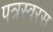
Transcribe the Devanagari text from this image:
पत्रस्वरस